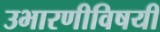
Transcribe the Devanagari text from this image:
उभारणीविषयी